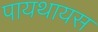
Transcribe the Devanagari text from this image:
पायथायस